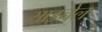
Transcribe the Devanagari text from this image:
साइनेल